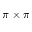
\pi \times \pi